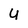
Character: u